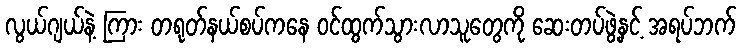
လွယ်ဂျယ်နဲ့ ကြား တရုတ်နယ်စပ်ကနေ ဝင်ထွက်သွားလာသူတွေကို ဆေးတပ်ဖွဲ့နှင့် အရပ်ဘက်